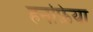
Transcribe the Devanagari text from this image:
हनफ़िया